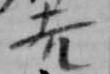
吉